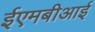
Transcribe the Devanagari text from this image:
ईएमबीआई